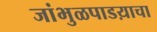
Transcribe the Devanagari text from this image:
जांभुळपाडय़ाचा